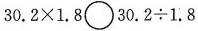
$$3 0 . 2 \times 1 . 8$$\circ $$3 0 . 2 \div 1 . 8$$